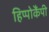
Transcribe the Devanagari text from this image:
हिप्पोकैंपी